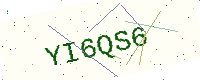
Text: YI6QS6